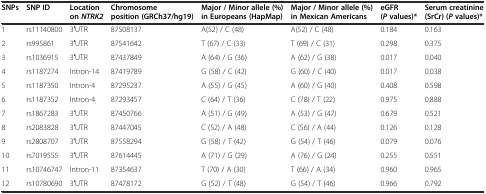
<table><thead><tr><td><b>SNPs</b></td><td><b>SNP ID</b></td><td><b>Location on<i>NTRK2</i></b></td><td><b>Chromosome position (GRCh37/hg19)</b></td><td><b>Major / Minor allele (%) in Europeans (HapMap)</b></td><td><b>Major / Minor allele (%) in Mexican Americans</b></td><td><b>eGFR (<i>P</i>values)*</b></td><td><b>Serum creatinine (SrCr) (<i>P</i>values)*</b></td></tr></thead><tbody><tr><td>1</td><td>rs11140800</td><td>3′UTR</td><td>87508137</td><td>A(52) / C (48)</td><td>A(52) / C (48)</td><td>0.184</td><td>0.163</td></tr><tr><td>2</td><td>rs995861</td><td>3′UTR</td><td>87541642</td><td>T (67) / C (33)</td><td>T (69) / C (31)</td><td>0.298</td><td>0.375</td></tr><tr><td>3</td><td>rs1036915</td><td>3′UTR</td><td>87437849</td><td>A (64) / G (36)</td><td>A (62) / G (38)</td><td>0.017</td><td>0.040</td></tr><tr><td>4</td><td>rs1187274</td><td>Intron-14</td><td>87419789</td><td>G (58) / C (42)</td><td>G (60) / C (40)</td><td>0.017</td><td>0.038</td></tr><tr><td>5</td><td>rs1187350</td><td>Intron-4</td><td>87295237</td><td>A (55) / G (45)</td><td>A (60) / G (40)</td><td>0.408</td><td>0.598</td></tr><tr><td>6</td><td>rs1187352</td><td>Intron-4</td><td>87293457</td><td>C (64) / T (36)</td><td>C (78) / T (22)</td><td>0.975</td><td>0.888</td></tr><tr><td>7</td><td>rs1867283</td><td>3′UTR</td><td>87450766</td><td>A (51) / G (49)</td><td>A (53) / G (47)</td><td>0.679</td><td>0.521</td></tr><tr><td>8</td><td>rs2083828</td><td>3′UTR</td><td>87447045</td><td>C (52) / A (48)</td><td>C (56) / A (44)</td><td>0.126</td><td>0.128</td></tr><tr><td>9</td><td>rs2808707</td><td>3′UTR</td><td>87558294</td><td>G (58) / T (42)</td><td>G (54) / T (46)</td><td>0.079</td><td>0.076</td></tr><tr><td>10</td><td>rs7019555</td><td>3′UTR</td><td>87614445</td><td>A (71) / G (29)</td><td>A (76) / G (24)</td><td>0.255</td><td>0.551</td></tr><tr><td>11</td><td>rs10746747</td><td>Intron-11</td><td>87354637</td><td>T (70) / A (30)</td><td>T (66) / A (34)</td><td>0.960</td><td>0.965</td></tr><tr><td>12</td><td>rs10780690</td><td>3′UTR</td><td>87478172</td><td>G (52) / T (48)</td><td>G (54) / T (46)</td><td>0.966</td><td>0.792</td></tr></tbody></table>